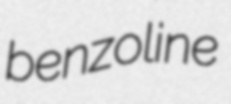
benzoline